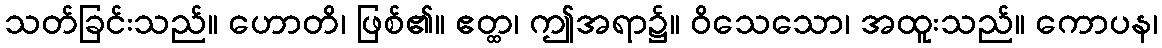
သတ်ခြင်းသည်။ ဟောတိ၊ ဖြစ်၏။ ဧတ္ထ၊ ဤအရာ၌။ ဝိသေသော၊ အထူးသည်။ ကောပန၊